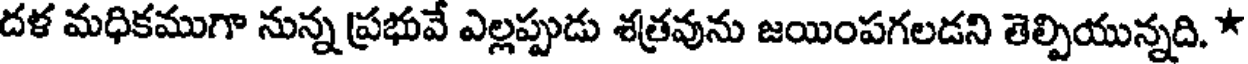
దళ మధికముగా నున్న ప్రభువే ఎల్లప్పుడు శత్రవును జయింపగలడని తెల్పియున్నది. *